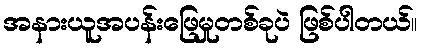
အနားယူအပန်းဖြေမှုတစ်ခုပဲ ဖြစ်ပါတယ်။